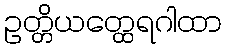
ဥတ္တိယတ္ထေရဂါထာ